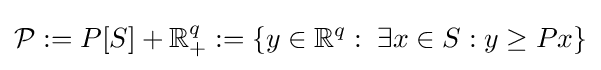
{\mathcal {P}}:=P[S]+\mathbb {R} _{+}^{q}:=\{y\in \mathbb {R} ^{q}:\;\exists x\in S:y\geq Px\}